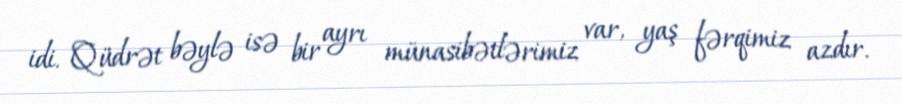
idi. Qüdrət bəylə isə bir ayrı münasibətlərimiz var, yaş fərqimiz azdır.